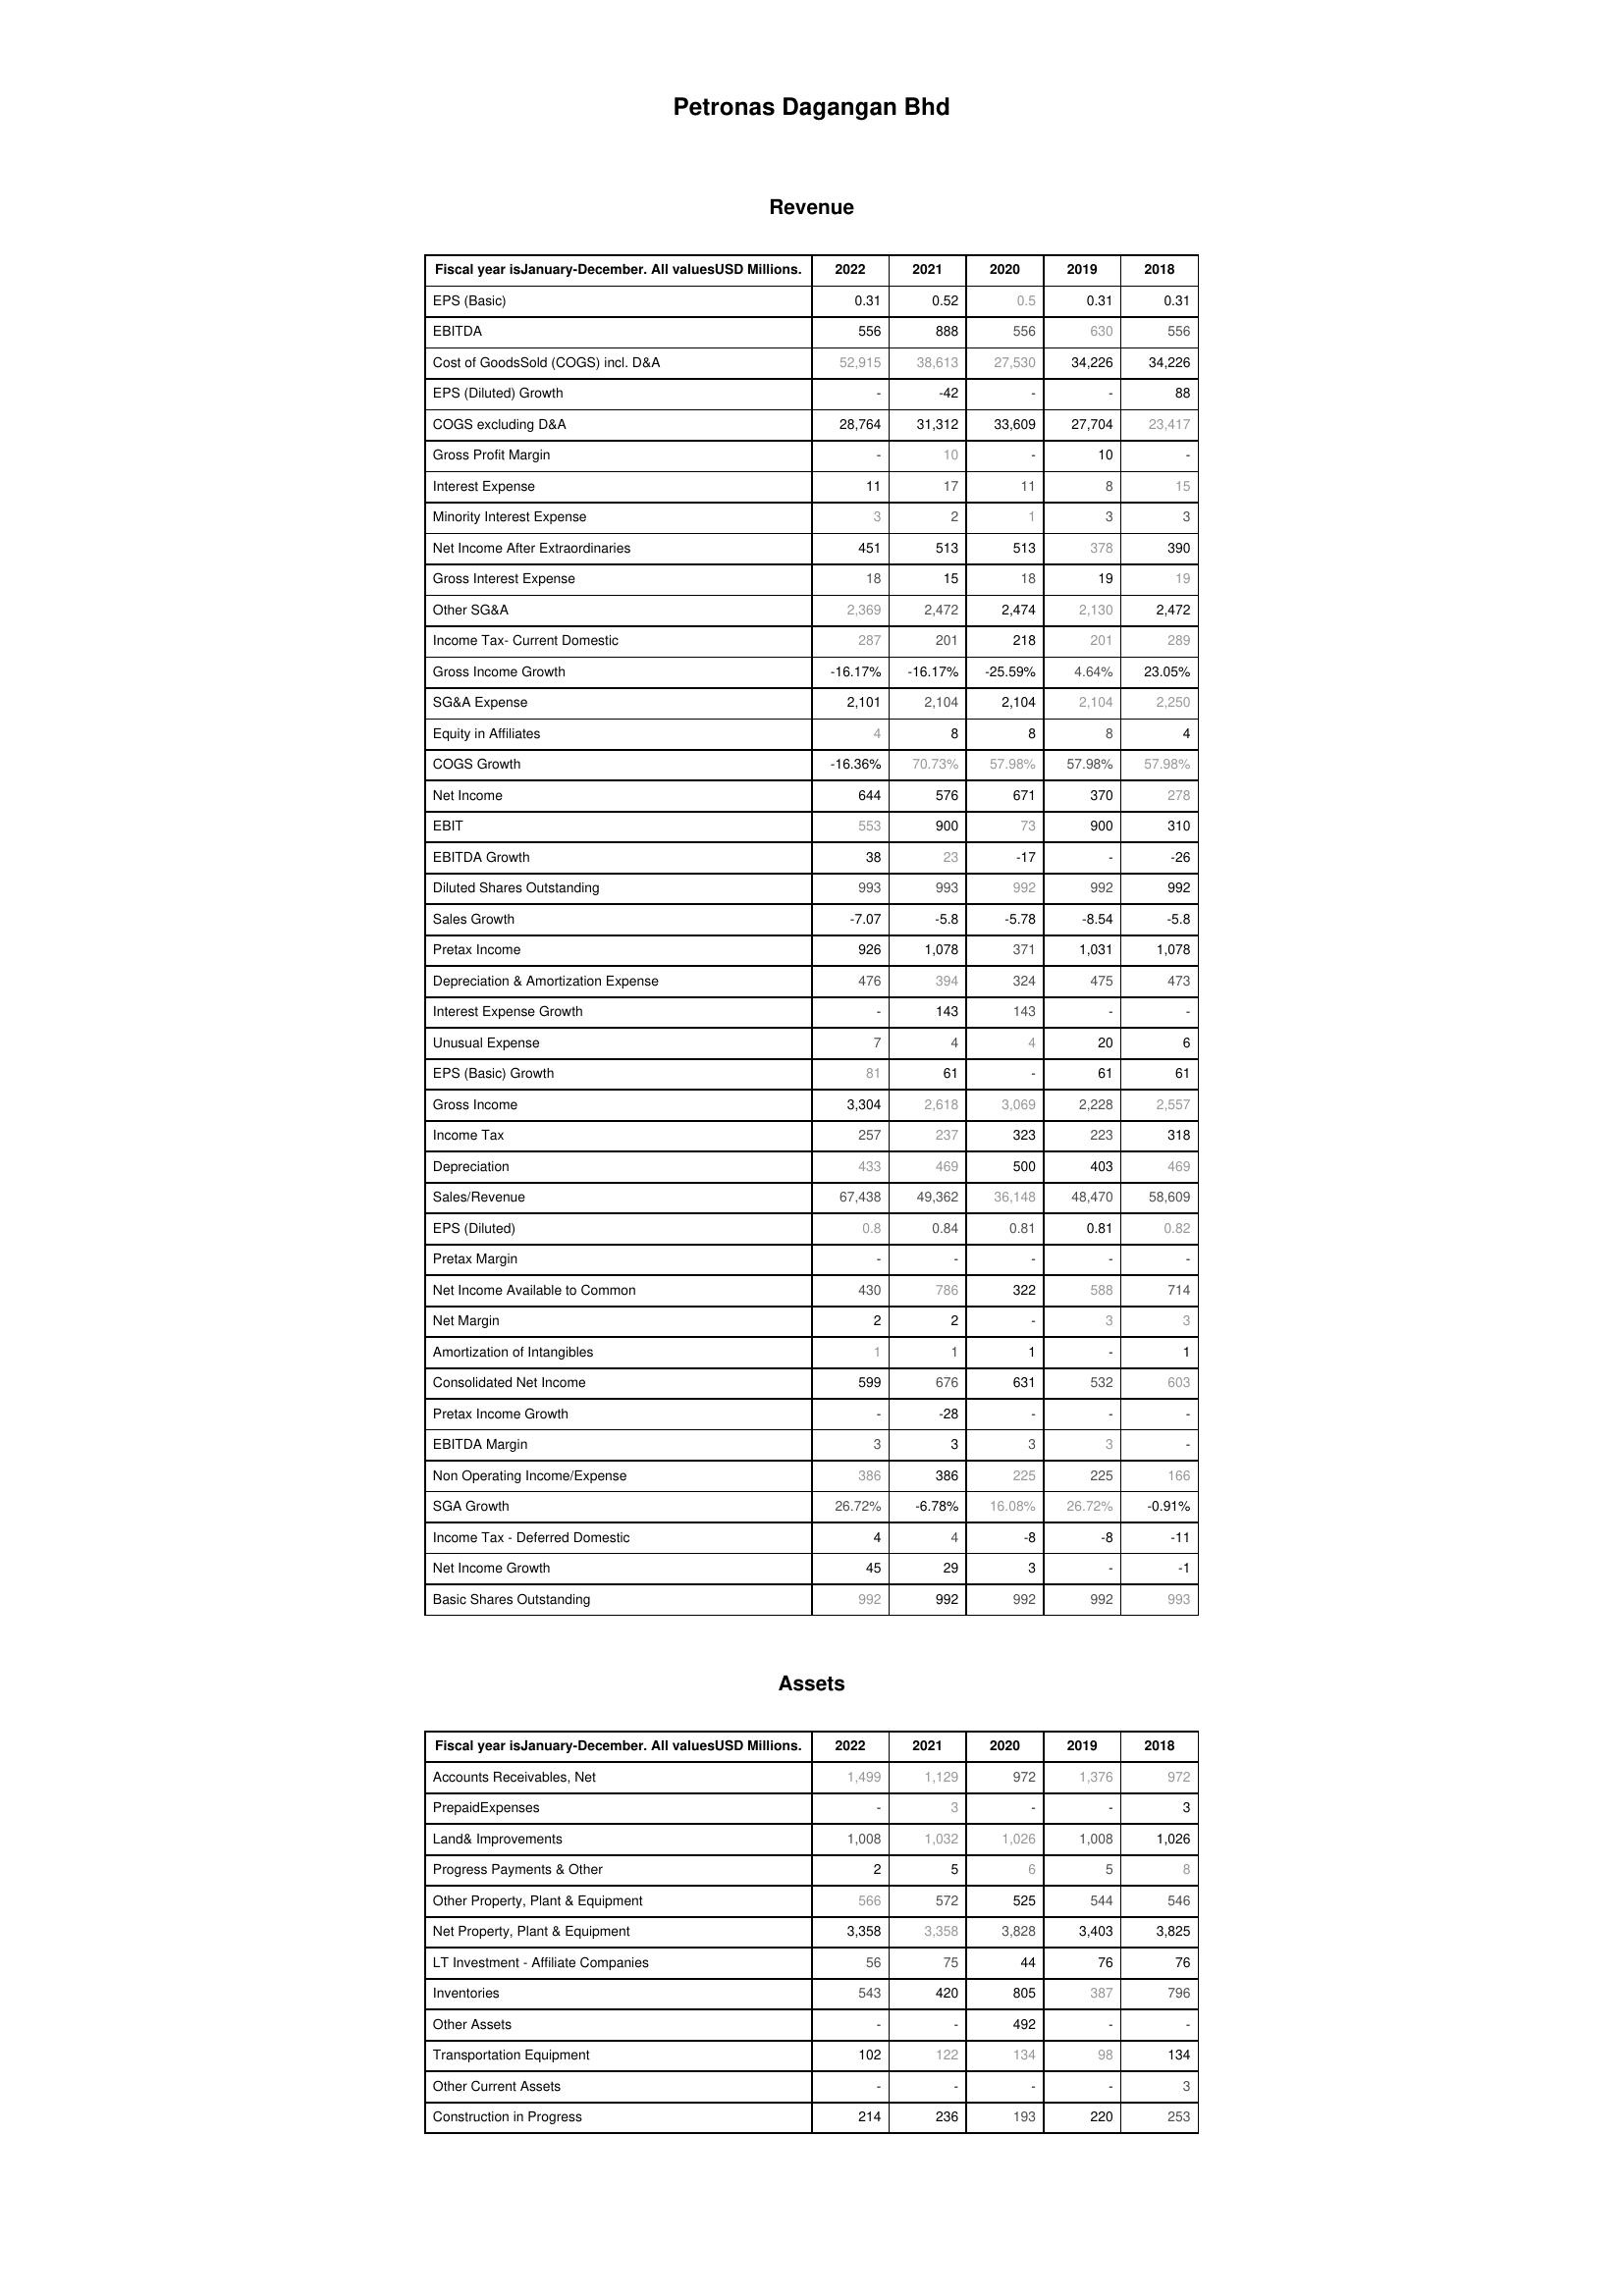
2022: Revenue: EPS (Basic): 0.31
EBITDA: 556
Cost of GoodsSold (COGS) incl. D&A: 52,915
EPS (Diluted) Growth: -
COGS excluding D&A: 28,764
Gross Profit Margin: -
Interest Expense: 11
Minority Interest Expense: 3
Net Income After Extraordinaries: 451
Gross Interest Expense: 18
Other SG&A: 2,369
Income Tax- Current Domestic: 287
Gross Income Growth: -16.17%
SG&A Expense: 2,101
Equity in Affiliates: 4
COGS Growth: -16.36%
Net Income: 644
EBIT: 553
EBITDA Growth: 38
Diluted Shares Outstanding: 993
Sales Growth: -7.07
Pretax Income: 926
Depreciation & Amortization Expense: 476
Interest Expense Growth: -
Unusual Expense: 7
EPS (Basic) Growth: 81
Gross Income: 3,304
Income Tax: 257
Depreciation: 433
Sales/Revenue: 67,438
EPS (Diluted): 0.8
Pretax Margin: -
Net Income Available to Common: 430
Net Margin: 2
Amortization of Intangibles: 1
Consolidated Net Income: 599
Pretax Income Growth: -
EBITDA Margin: 3
Non Operating Income/Expense: 386
SGA Growth: 26.72%
Income Tax - Deferred Domestic: 4
Net Income Growth: 45
Basic Shares Outstanding: 992
Assets: Accounts Receivables, Net: 1,499
PrepaidExpenses: -
Land& Improvements: 1,008
Progress Payments & Other: 2
Other Property, Plant & Equipment: 566
Net Property, Plant & Equipment: 3,358
LT Investment - Affiliate Companies: 56
Inventories: 543
Other Assets: -
Transportation Equipment: 102
Other Current Assets: -
Construction in Progress: 214
2021: Revenue: EPS (Basic): 0.52
EBITDA: 888
Cost of GoodsSold (COGS) incl. D&A: 38,613
EPS (Diluted) Growth: -42
COGS excluding D&A: 31,312
Gross Profit Margin: 10
Interest Expense: 17
Minority Interest Expense: 2
Net Income After Extraordinaries: 513
Gross Interest Expense: 15
Other SG&A: 2,472
Income Tax- Current Domestic: 201
Gross Income Growth: -16.17%
SG&A Expense: 2,104
Equity in Affiliates: 8
COGS Growth: 70.73%
Net Income: 576
EBIT: 900
EBITDA Growth: 23
Diluted Shares Outstanding: 993
Sales Growth: -5.8
Pretax Income: 1,078
Depreciation & Amortization Expense: 394
Interest Expense Growth: 143
Unusual Expense: 4
EPS (Basic) Growth: 61
Gross Income: 2,618
Income Tax: 237
Depreciation: 469
Sales/Revenue: 49,362
EPS (Diluted): 0.84
Pretax Margin: -
Net Income Available to Common: 786
Net Margin: 2
Amortization of Intangibles: 1
Consolidated Net Income: 676
Pretax Income Growth: -28
EBITDA Margin: 3
Non Operating Income/Expense: 386
SGA Growth: -6.78%
Income Tax - Deferred Domestic: 4
Net Income Growth: 29
Basic Shares Outstanding: 992
Assets: Accounts Receivables, Net: 1,129
PrepaidExpenses: 3
Land& Improvements: 1,032
Progress Payments & Other: 5
Other Property, Plant & Equipment: 572
Net Property, Plant & Equipment: 3,358
LT Investment - Affiliate Companies: 75
Inventories: 420
Other Assets: -
Transportation Equipment: 122
Other Current Assets: -
Construction in Progress: 236
2020: Revenue: EPS (Basic): 0.5
EBITDA: 556
Cost of GoodsSold (COGS) incl. D&A: 27,530
EPS (Diluted) Growth: -
COGS excluding D&A: 33,609
Gross Profit Margin: -
Interest Expense: 11
Minority Interest Expense: 1
Net Income After Extraordinaries: 513
Gross Interest Expense: 18
Other SG&A: 2,474
Income Tax- Current Domestic: 218
Gross Income Growth: -25.59%
SG&A Expense: 2,104
Equity in Affiliates: 8
COGS Growth: 57.98%
Net Income: 671
EBIT: 73
EBITDA Growth: -17
Diluted Shares Outstanding: 992
Sales Growth: -5.78
Pretax Income: 371
Depreciation & Amortization Expense: 324
Interest Expense Growth: 143
Unusual Expense: 4
EPS (Basic) Growth: -
Gross Income: 3,069
Income Tax: 323
Depreciation: 500
Sales/Revenue: 36,148
EPS (Diluted): 0.81
Pretax Margin: -
Net Income Available to Common: 322
Net Margin: -
Amortization of Intangibles: 1
Consolidated Net Income: 631
Pretax Income Growth: -
EBITDA Margin: 3
Non Operating Income/Expense: 225
SGA Growth: 16.08%
Income Tax - Deferred Domestic: -8
Net Income Growth: 3
Basic Shares Outstanding: 992
Assets: Accounts Receivables, Net: 972
PrepaidExpenses: -
Land& Improvements: 1,026
Progress Payments & Other: 6
Other Property, Plant & Equipment: 525
Net Property, Plant & Equipment: 3,828
LT Investment - Affiliate Companies: 44
Inventories: 805
Other Assets: 492
Transportation Equipment: 134
Other Current Assets: -
Construction in Progress: 193
2019: Revenue: EPS (Basic): 0.31
EBITDA: 630
Cost of GoodsSold (COGS) incl. D&A: 34,226
EPS (Diluted) Growth: -
COGS excluding D&A: 27,704
Gross Profit Margin: 10
Interest Expense: 8
Minority Interest Expense: 3
Net Income After Extraordinaries: 378
Gross Interest Expense: 19
Other SG&A: 2,130
Income Tax- Current Domestic: 201
Gross Income Growth: 4.64%
SG&A Expense: 2,104
Equity in Affiliates: 8
COGS Growth: 57.98%
Net Income: 370
EBIT: 900
EBITDA Growth: -
Diluted Shares Outstanding: 992
Sales Growth: -8.54
Pretax Income: 1,031
Depreciation & Amortization Expense: 475
Interest Expense Growth: -
Unusual Expense: 20
EPS (Basic) Growth: 61
Gross Income: 2,228
Income Tax: 223
Depreciation: 403
Sales/Revenue: 48,470
EPS (Diluted): 0.81
Pretax Margin: -
Net Income Available to Common: 588
Net Margin: 3
Amortization of Intangibles: -
Consolidated Net Income: 532
Pretax Income Growth: -
EBITDA Margin: 3
Non Operating Income/Expense: 225
SGA Growth: 26.72%
Income Tax - Deferred Domestic: -8
Net Income Growth: -
Basic Shares Outstanding: 992
Assets: Accounts Receivables, Net: 1,376
PrepaidExpenses: -
Land& Improvements: 1,008
Progress Payments & Other: 5
Other Property, Plant & Equipment: 544
Net Property, Plant & Equipment: 3,403
LT Investment - Affiliate Companies: 76
Inventories: 387
Other Assets: -
Transportation Equipment: 98
Other Current Assets: -
Construction in Progress: 220
2018: Revenue: EPS (Basic): 0.31
EBITDA: 556
Cost of GoodsSold (COGS) incl. D&A: 34,226
EPS (Diluted) Growth: 88
COGS excluding D&A: 23,417
Gross Profit Margin: -
Interest Expense: 15
Minority Interest Expense: 3
Net Income After Extraordinaries: 390
Gross Interest Expense: 19
Other SG&A: 2,472
Income Tax- Current Domestic: 289
Gross Income Growth: 23.05%
SG&A Expense: 2,250
Equity in Affiliates: 4
COGS Growth: 57.98%
Net Income: 278
EBIT: 310
EBITDA Growth: -26
Diluted Shares Outstanding: 992
Sales Growth: -5.8
Pretax Income: 1,078
Depreciation & Amortization Expense: 473
Interest Expense Growth: -
Unusual Expense: 6
EPS (Basic) Growth: 61
Gross Income: 2,557
Income Tax: 318
Depreciation: 469
Sales/Revenue: 58,609
EPS (Diluted): 0.82
Pretax Margin: -
Net Income Available to Common: 714
Net Margin: 3
Amortization of Intangibles: 1
Consolidated Net Income: 603
Pretax Income Growth: -
EBITDA Margin: -
Non Operating Income/Expense: 166
SGA Growth: -0.91%
Income Tax - Deferred Domestic: -11
Net Income Growth: -1
Basic Shares Outstanding: 993
Assets: Accounts Receivables, Net: 972
PrepaidExpenses: 3
Land& Improvements: 1,026
Progress Payments & Other: 8
Other Property, Plant & Equipment: 546
Net Property, Plant & Equipment: 3,825
LT Investment - Affiliate Companies: 76
Inventories: 796
Other Assets: -
Transportation Equipment: 134
Other Current Assets: 3
Construction in Progress: 253